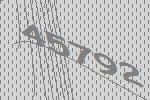
45792